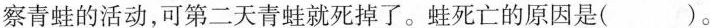
察青蛙的活动，可第二天青蛙就死掉了。蛙死亡的原因是( )。